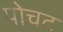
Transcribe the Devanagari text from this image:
पोचट